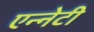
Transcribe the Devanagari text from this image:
एन्नेटी